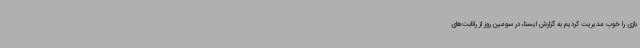
بازی را خوب مدیریت کردیم به گزارش ایسنا، در سومین روز از رقابت‌های